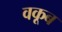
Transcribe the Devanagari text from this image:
वकूब